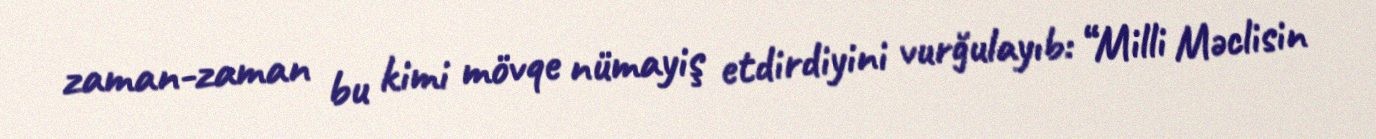
zaman-zaman bu kimi mövqe nümayiş etdirdiyini vurğulayıb: “Milli Məclisin